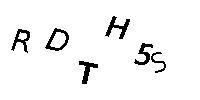
RDTH5S